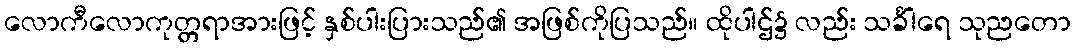
လောကီလောကုတ္တရာအားဖြင့် နှစ်ပါးပြားသည်၏ အဖြစ်ကိုပြသည်။ ထိုပါဌ်၌ လည်း သင်္ခါရေ သုညတော